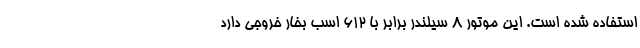
استفاده شده است. این موتور 8 سیلندر برابر با 612 اسب بخار خروجی دارد